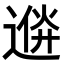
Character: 𨔮